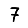
Digit: 7